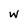
Character: W